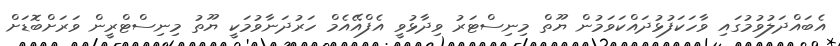
އެބައްދަލުވުމުގައި ވާހަކަފުޅުދައްކަވަމުން ޔޫތް މިނިސްޓަރު ވިދާޅުވީ އެފްއޭއެމް ހަރުދަނާވުމަކީ ޔޫތު މިނިސްޓްރީން ވަރަށްބޮޑަށް